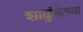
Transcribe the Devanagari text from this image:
शाळुंकेच्या